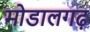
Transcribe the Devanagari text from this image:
मोडालगढ़